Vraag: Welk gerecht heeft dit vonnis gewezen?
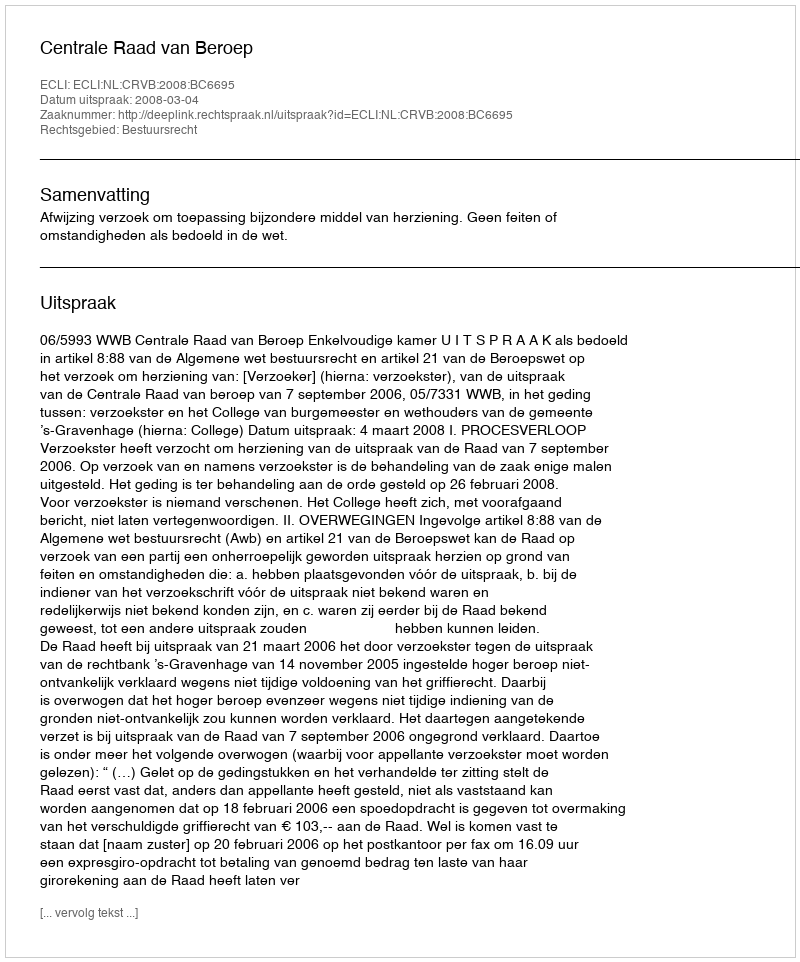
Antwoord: Centrale Raad van Beroep